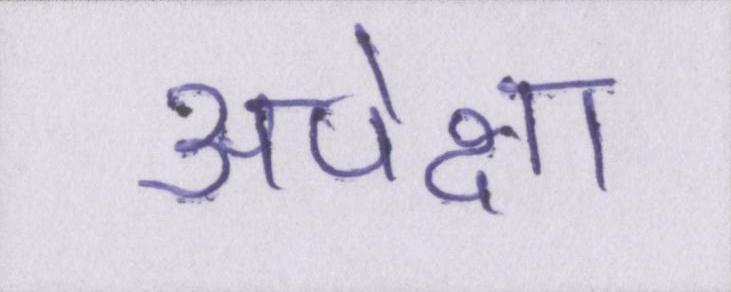
अपेक्षा